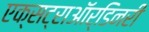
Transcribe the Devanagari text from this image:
एक्सट्राऑर्डिनरी